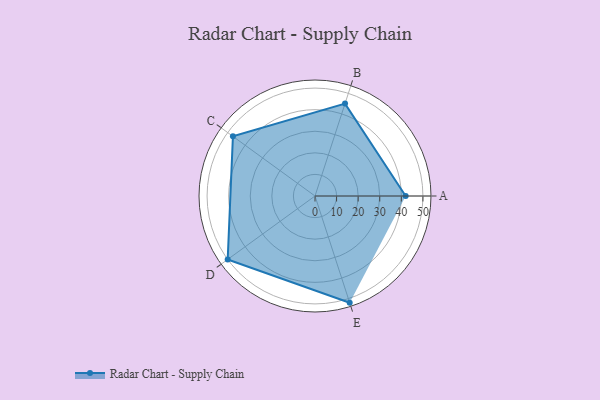
{"axis": {"x": "Skill", "y": "Score"}, "legend": ["Profile"], "data": [{"x": "A", "y": 42.0, "type": "Profile"}, {"x": "B", "y": 45.0, "type": "Profile"}, {"x": "C", "y": 47.0, "type": "Profile"}, {"x": "D", "y": 50.0, "type": "Profile"}, {"x": "E", "y": 52.0, "type": "Profile"}]}